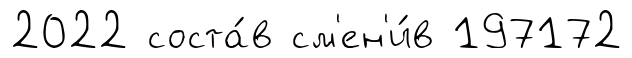
2022 соста́в см'ен'и́в 197172